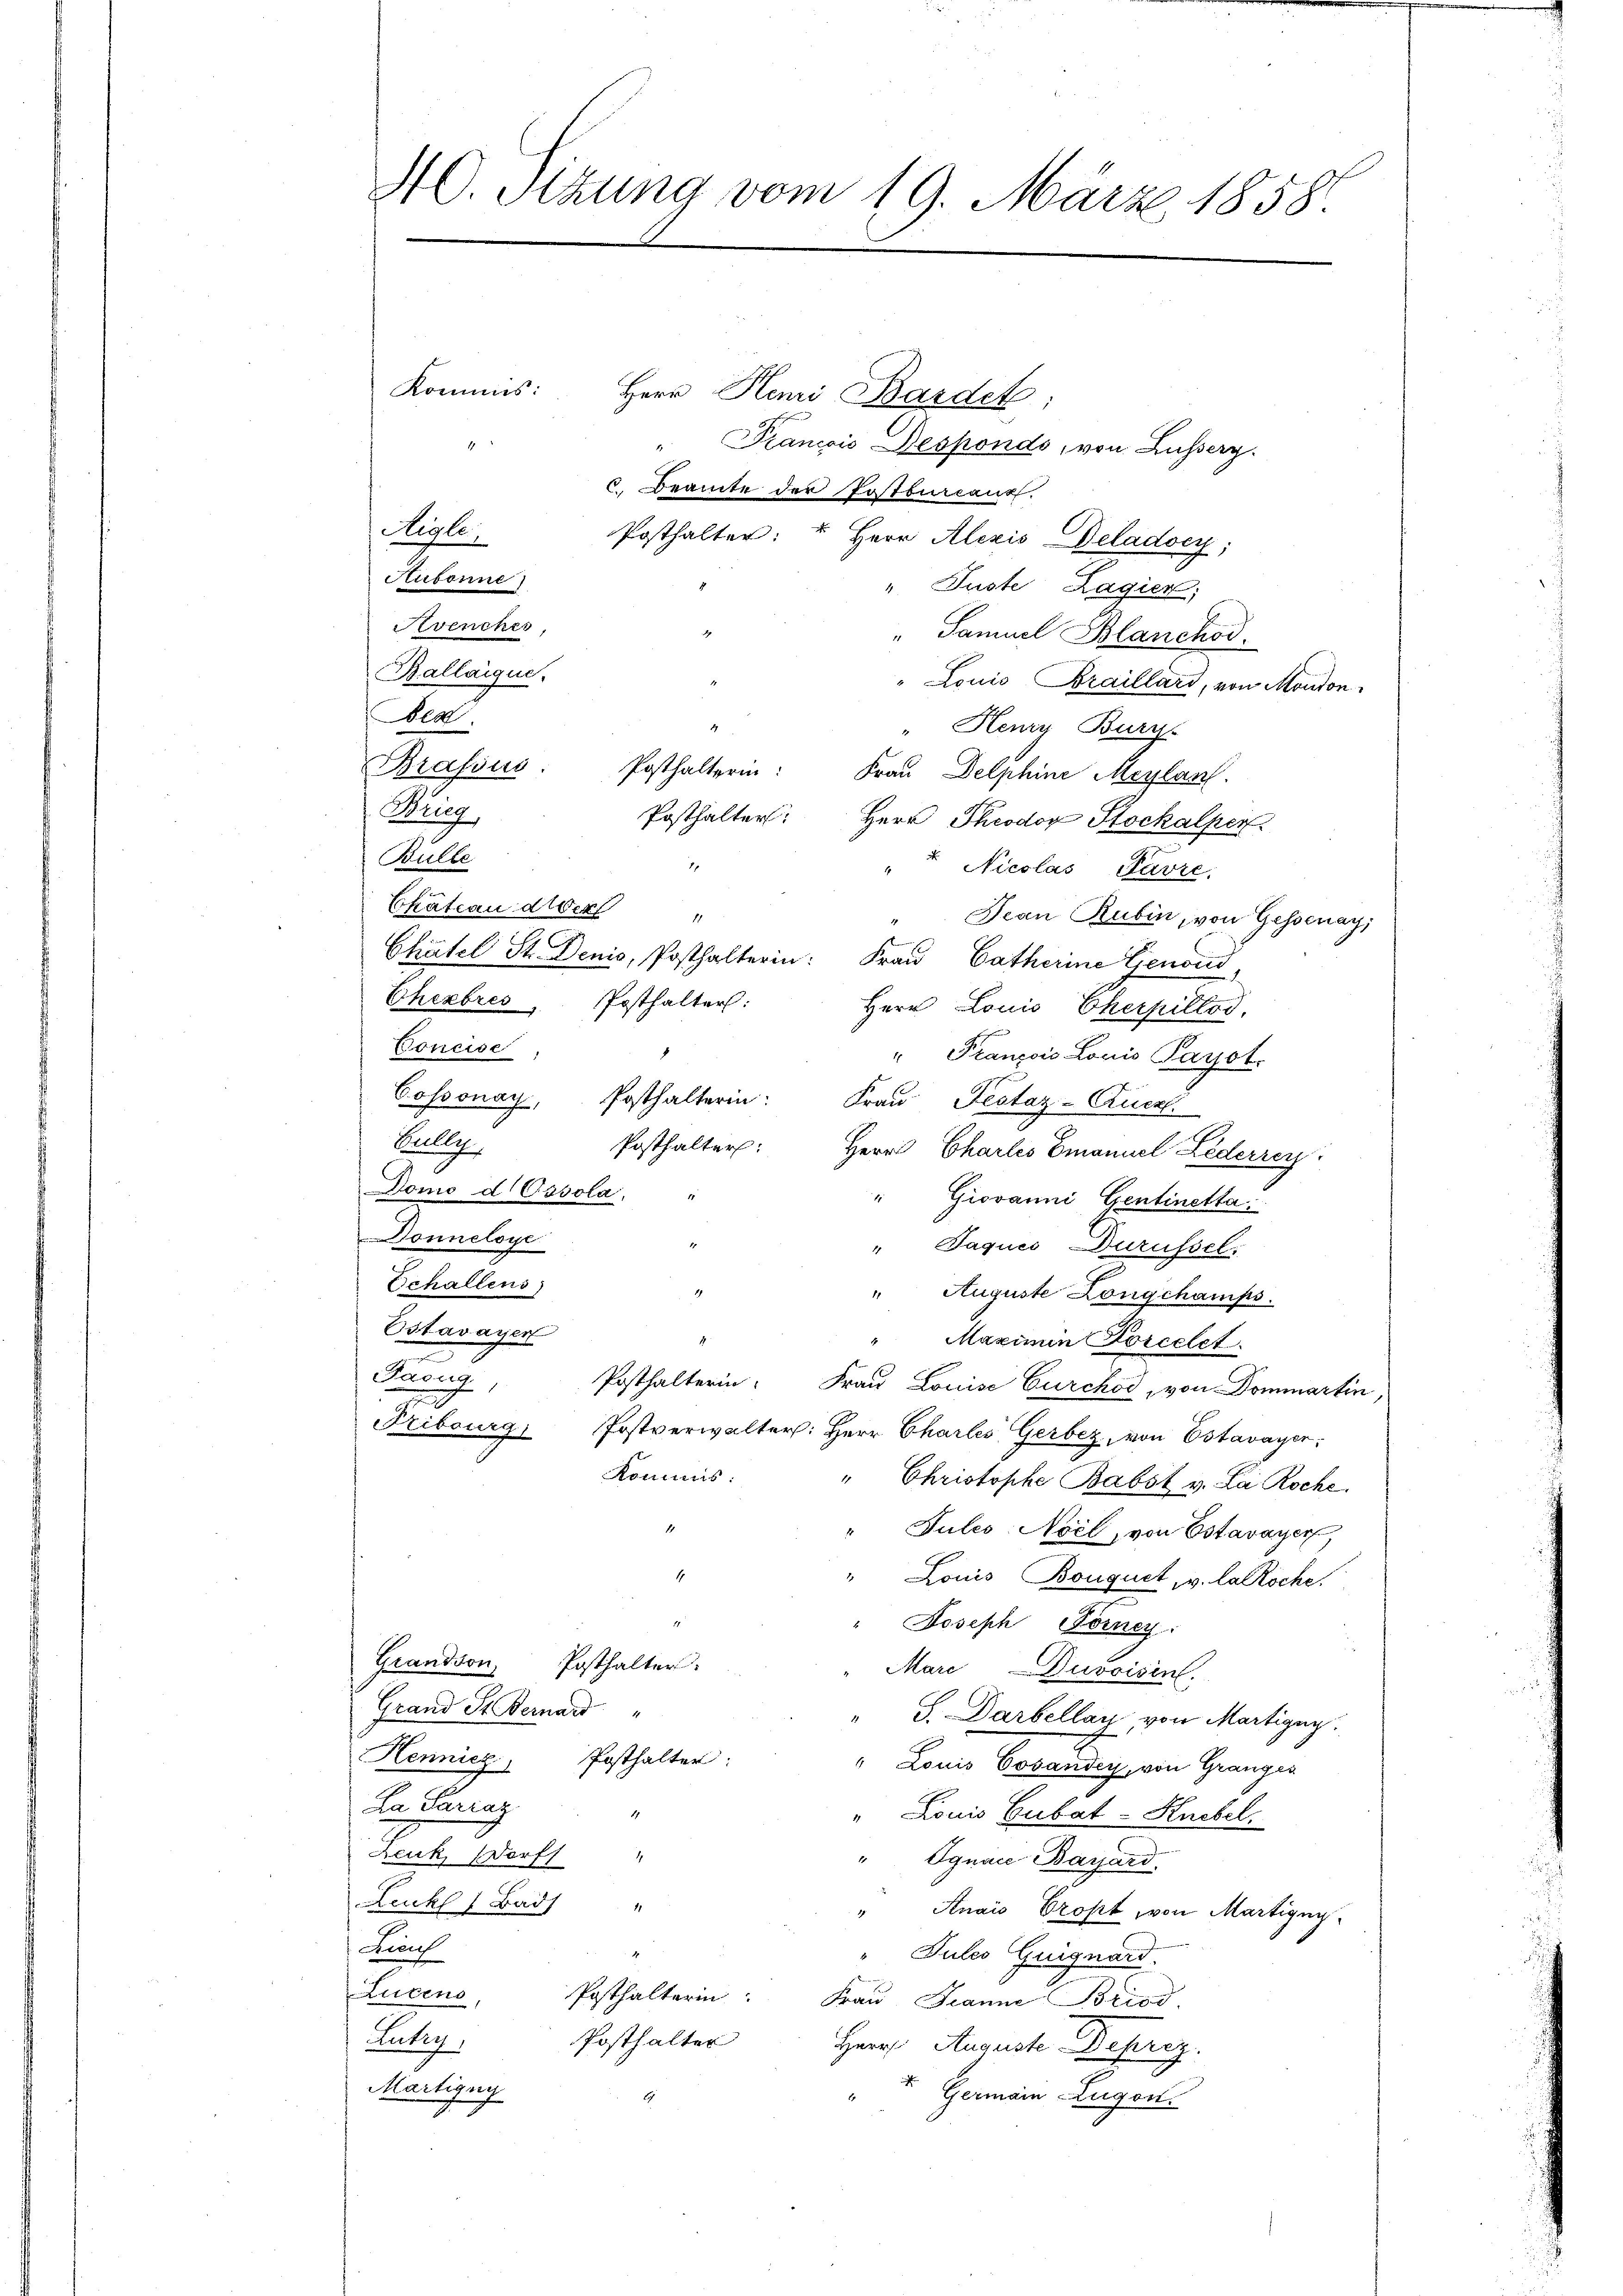
4C. Stung vom 19. März 1858.

1

Avenches
Kallaique.
Bea
Wurz

Kommis: Herr Henri Basdef
" Trancois Despondo, von Busserg
6. Beamte der Pastbureaus.
Posthalter: " Herr Alezis Deladosy;
" Puste Zagier;
" Samuel Blanchod.
" Louis Braillard, von Moudon
2
" Henry Burg.
Brafsus. Posthalterin: Frau Delphine Maylan
Posthalter: Herr Theodor Stockalper
Bülle
17
" Nicolas Pavre
Jean Rubin, von Gessenay,
Chatel St. Denis, Posthalterin: Frau Catherine Gienord
Chebres Posthalter:
Herr Louis Cherpilles,
e
Concise,
8
" Prançois Louis Paÿst.
Cossonay, Posthalterin: Fraŭ Pestaz-Auczl
Kully.
Posthalter:
Herr Charles Emanuel Lederzey
Domo d Ossola,
Giovanni Gentinetta
Donneloye
" Paquis Durüfsel.
Echallens
1
" Auguste Longchamps.
Estavayer
" Maximin Korcelet.
n
Baong
Posthalterin. Frau Louise Furchod, von Dommartin
Fribourg, Postverwalter: Herr Charles Gerbez, von Estavayer
Kommis:
" Christophe Babst v. La Roche.
1
"Jules Noil, von Estavayer
1
" Louis Bouquet, v. Lalöche
Joseph Forney:
Grandson, Posthalter
Marc Duvoisin.
Grand St. Bernard "
" G. Darbellay von Martigny
Hennicz Posthalter:
"Lana Bordnung von Granzie
La Parraz
" Louis Cubat-Knebel.
.
Leute Nacht
" Egnac Bazard
Leuk Bad
11
" Anais Trost von Martigny
Auch

" Tutes Guignard
Lucens
Posthalterin
Frau Jeanne Briod
Posthalter
Lutry,
Herr August Deprez.
Martigny
Germain Zugen.

Aigle,
Aubonne

Ekateau der